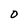
Character: 0